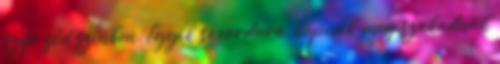
szép ződ színben. Egyik se cordura, kopnak meg szakadnak